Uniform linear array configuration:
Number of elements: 64
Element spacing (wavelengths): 1
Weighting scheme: blackman
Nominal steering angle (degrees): -15
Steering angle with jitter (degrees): -14.839
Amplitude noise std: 0.05
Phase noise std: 0.05

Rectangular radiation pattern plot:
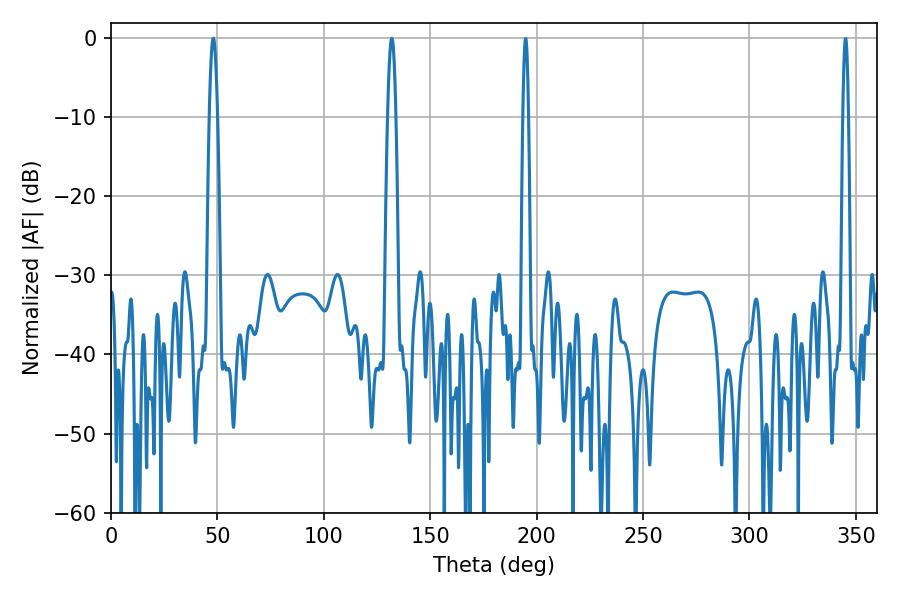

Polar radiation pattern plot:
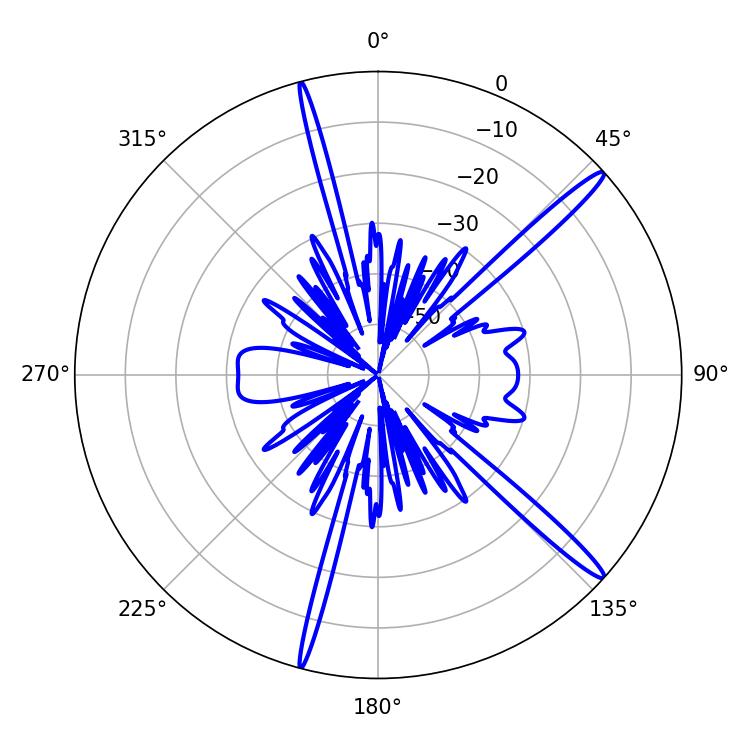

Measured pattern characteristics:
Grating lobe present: TRUE
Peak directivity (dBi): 16.314
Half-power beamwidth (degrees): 2.16
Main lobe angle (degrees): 48.06